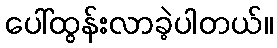
ပေါ်ထွန်းလာခဲ့ပါတယ်။